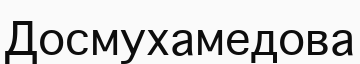
Досмухамедова